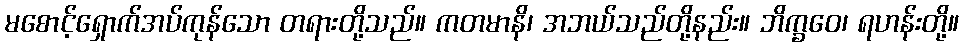
မစောင့်ရှောက်အပ်ကုန်သော တရားတို့သည်။ ကတမာနိ၊ အဘယ်သည်တို့နည်း။ ဘိက္ခဝေ၊ ရဟန်းတို့။